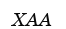
ХАА